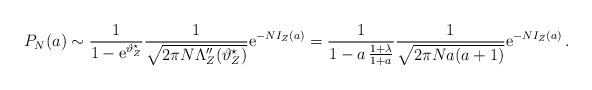
LaTeX: \begin{align*}P_N(a)\sim \frac{1}{1-{\rm e}^{\vartheta^\star_Z}} \frac{1}{\sqrt{2\pi N \Lambda_Z''(\vartheta_Z^\star)}} {\rm e}^{-NI_Z(a)}= \frac{1}{1-a\,\frac{1+\lambda}{1+a}} \frac{1}{\sqrt{2\pi N a(a+1)}} {\rm e}^{-NI_Z(a)}\,.\end{align*}